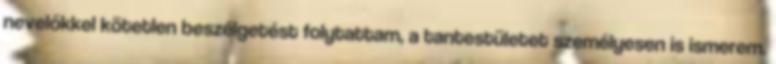
nevelőkkel kötetlen beszélgetést folytattam, a tantestületet személyesen is ismerem.